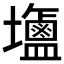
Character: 𪉹